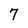
Character: 7